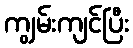
ကျွမ်းကျင်ပြီး